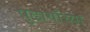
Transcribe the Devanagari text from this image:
पुढार्यांच्या